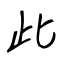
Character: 此